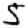
Digit: 5